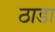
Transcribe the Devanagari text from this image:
ठाडा